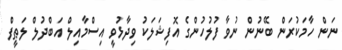
ނަން ހާމަކުރަން ބޭނުން ނުވާ ފުލުހުންގެ އޮފިޝަލަކު ވިދާޅުވީ އިސްމާއިލް އަބްދުލް ލަޠީފް